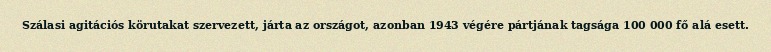
Szálasi agitációs körutakat szervezett, járta az országot, azonban 1943 végére pártjának tagsága 100 000 fő alá esett.